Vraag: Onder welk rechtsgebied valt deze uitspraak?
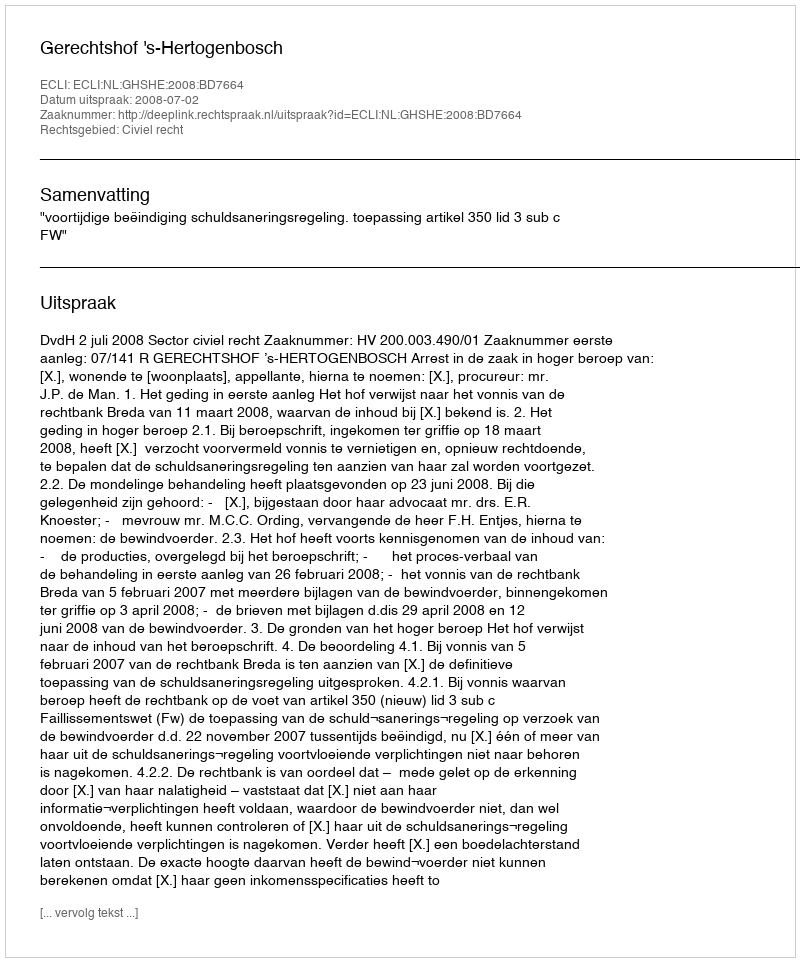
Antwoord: Civiel recht